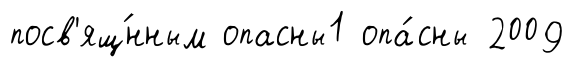
посв'ящ́нным опасны1 опа́сны 2009